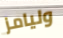
وليامز